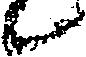
候